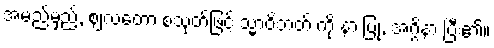
အမည်မှည့်, ဈလတော စသုတ်ဖြင့် သ္မာဝိဘတ် ကို နာ ပြု, အဂ္ဂိနာ ပြီး၏။